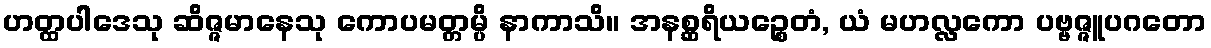
ဟတ္ထပါဒေသု ဆိဇ္ဇမာနေသု ကောပမတ္တမ္ပိ နာကာသိ။ အနစ္ဆရိယဉ္စေတံ, ယံ မဟလ္လကော ပဗ္ဗဇ္ဇူပဂတော